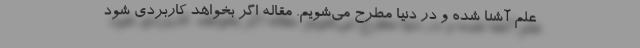
علم آشنا شده و در دنیا مطرح می‌شویم. مقاله اگر بخواهد کاربردی شود